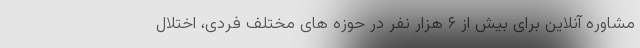
مشاوره آنلاین برای بیش از ۶ هزار نفر در حوزه های مختلف فردی، اختلال